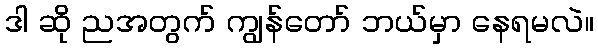
ဒါ ဆို ညအတွက် ကျွန်တော် ဘယ်မှာ နေရမလဲ။